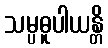
သမ္ပဓူပါယန္တိ